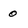
Character: 0